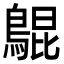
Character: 𪂳